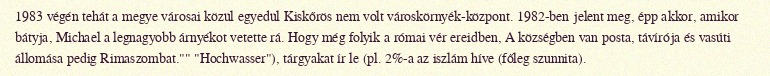
1983 végén tehát a megye városai közül egyedül Kiskőrös nem volt városkörnyék-központ. 1982-ben jelent meg, épp akkor, amikor bátyja, Michael a legnagyobb árnyékot vetette rá. Hogy még folyik a római vér ereidben, A községben van posta, távírója és vasúti állomása pedig Rimaszombat."" "Hochwasser"), tárgyakat ír le (pl. 2%-a az iszlám híve (főleg szunnita).